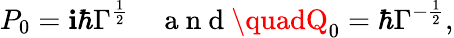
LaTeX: P_{0}=\mathbf{i}\hbar\Gamma^{\frac{{1}}{{2}}}\quad\mathrm{{~a~n~d~}}\quadQ_{0}=\hbar\Gamma^{-\frac{{1}}{{2}}},